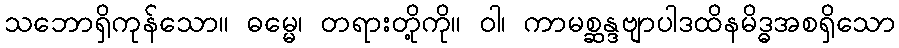
သဘောရှိကုန်သော။ ဓမ္မေ၊ တရားတို့ကို။ ဝါ၊ ကာမစ္ဆန္ဒဗျာပါဒထိနမိဒ္ဓအစရှိသော